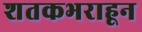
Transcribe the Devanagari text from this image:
शतकभराहून